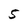
Character: 5